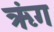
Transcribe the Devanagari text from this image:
ऋंग